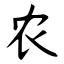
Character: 农